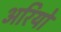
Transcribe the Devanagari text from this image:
अरियो